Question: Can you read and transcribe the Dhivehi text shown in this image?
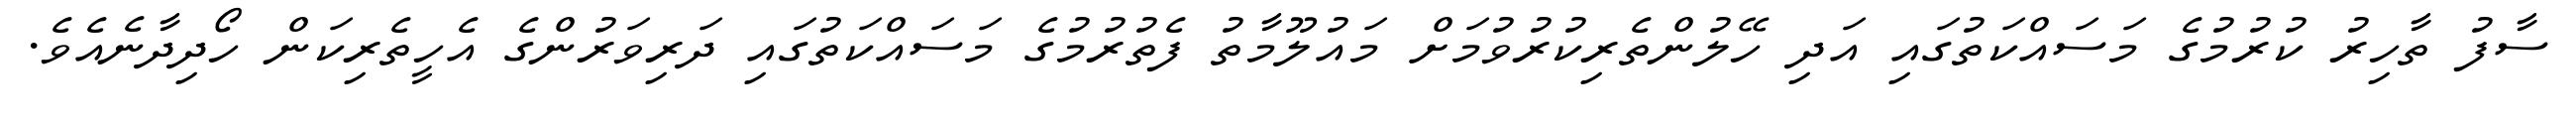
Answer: ސާފު ތާހިރު ކުރުމުގެ މަސައްކަތުގައި އަދި ހޭލުންތެރިކުރުވުމަށް މައުލޫމާތު ފެތުރުމުގެ މަސައްކަތުގައި ދަރިވަރުންގެ އެހީތެރިކަން ހޯދިދާނެއެވެ.